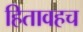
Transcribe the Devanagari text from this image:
हितावहच